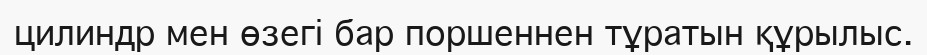
цилиндр мен өзегі бар поршеннен тұратын құрылыс.